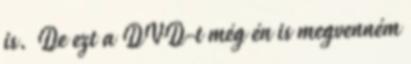
is. De ezt a DVD-t még én is megvenném